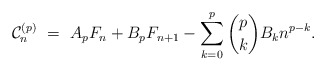
\begin{align*}\mathcal{C}_n^{(p)} \ = \ A_p F_n + B_p F_{n+1} - \sum_{k=0}^p \binom{p}{k} B_k n^{p-k}.\end{align*}